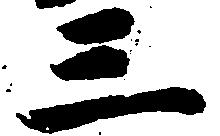
三